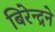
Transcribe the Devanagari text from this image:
बिरेन्द्रने